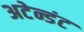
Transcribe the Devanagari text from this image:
अटेन्डंट